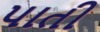
પાતી